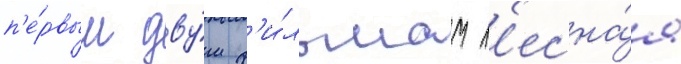
п'е́рвым дву́м ф'и́льмам л'есна́я